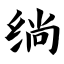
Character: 绱